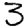
Digit: 3